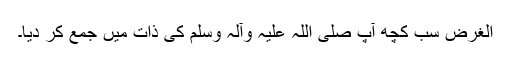
الغرض سب کچھ آپ صلی اللہ علیہ وآلہ وسلم کی ذات میں جمع کر دیا۔